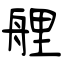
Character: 艃